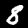
Digit: 8